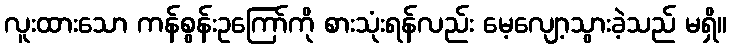
လူးထားသော ကန်စွန်းဥကြော်ကို စားသုံးရန်လည်း မေ့လျော့သွားခဲ့သည် မရှိ။